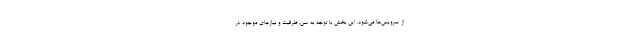
از سرویس‌ها می‌شود. این بخش با توجه به سن، ظرفیت و نیازهای موجود در